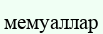
мемуаллар